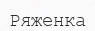
Ряженка